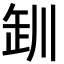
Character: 𪩢